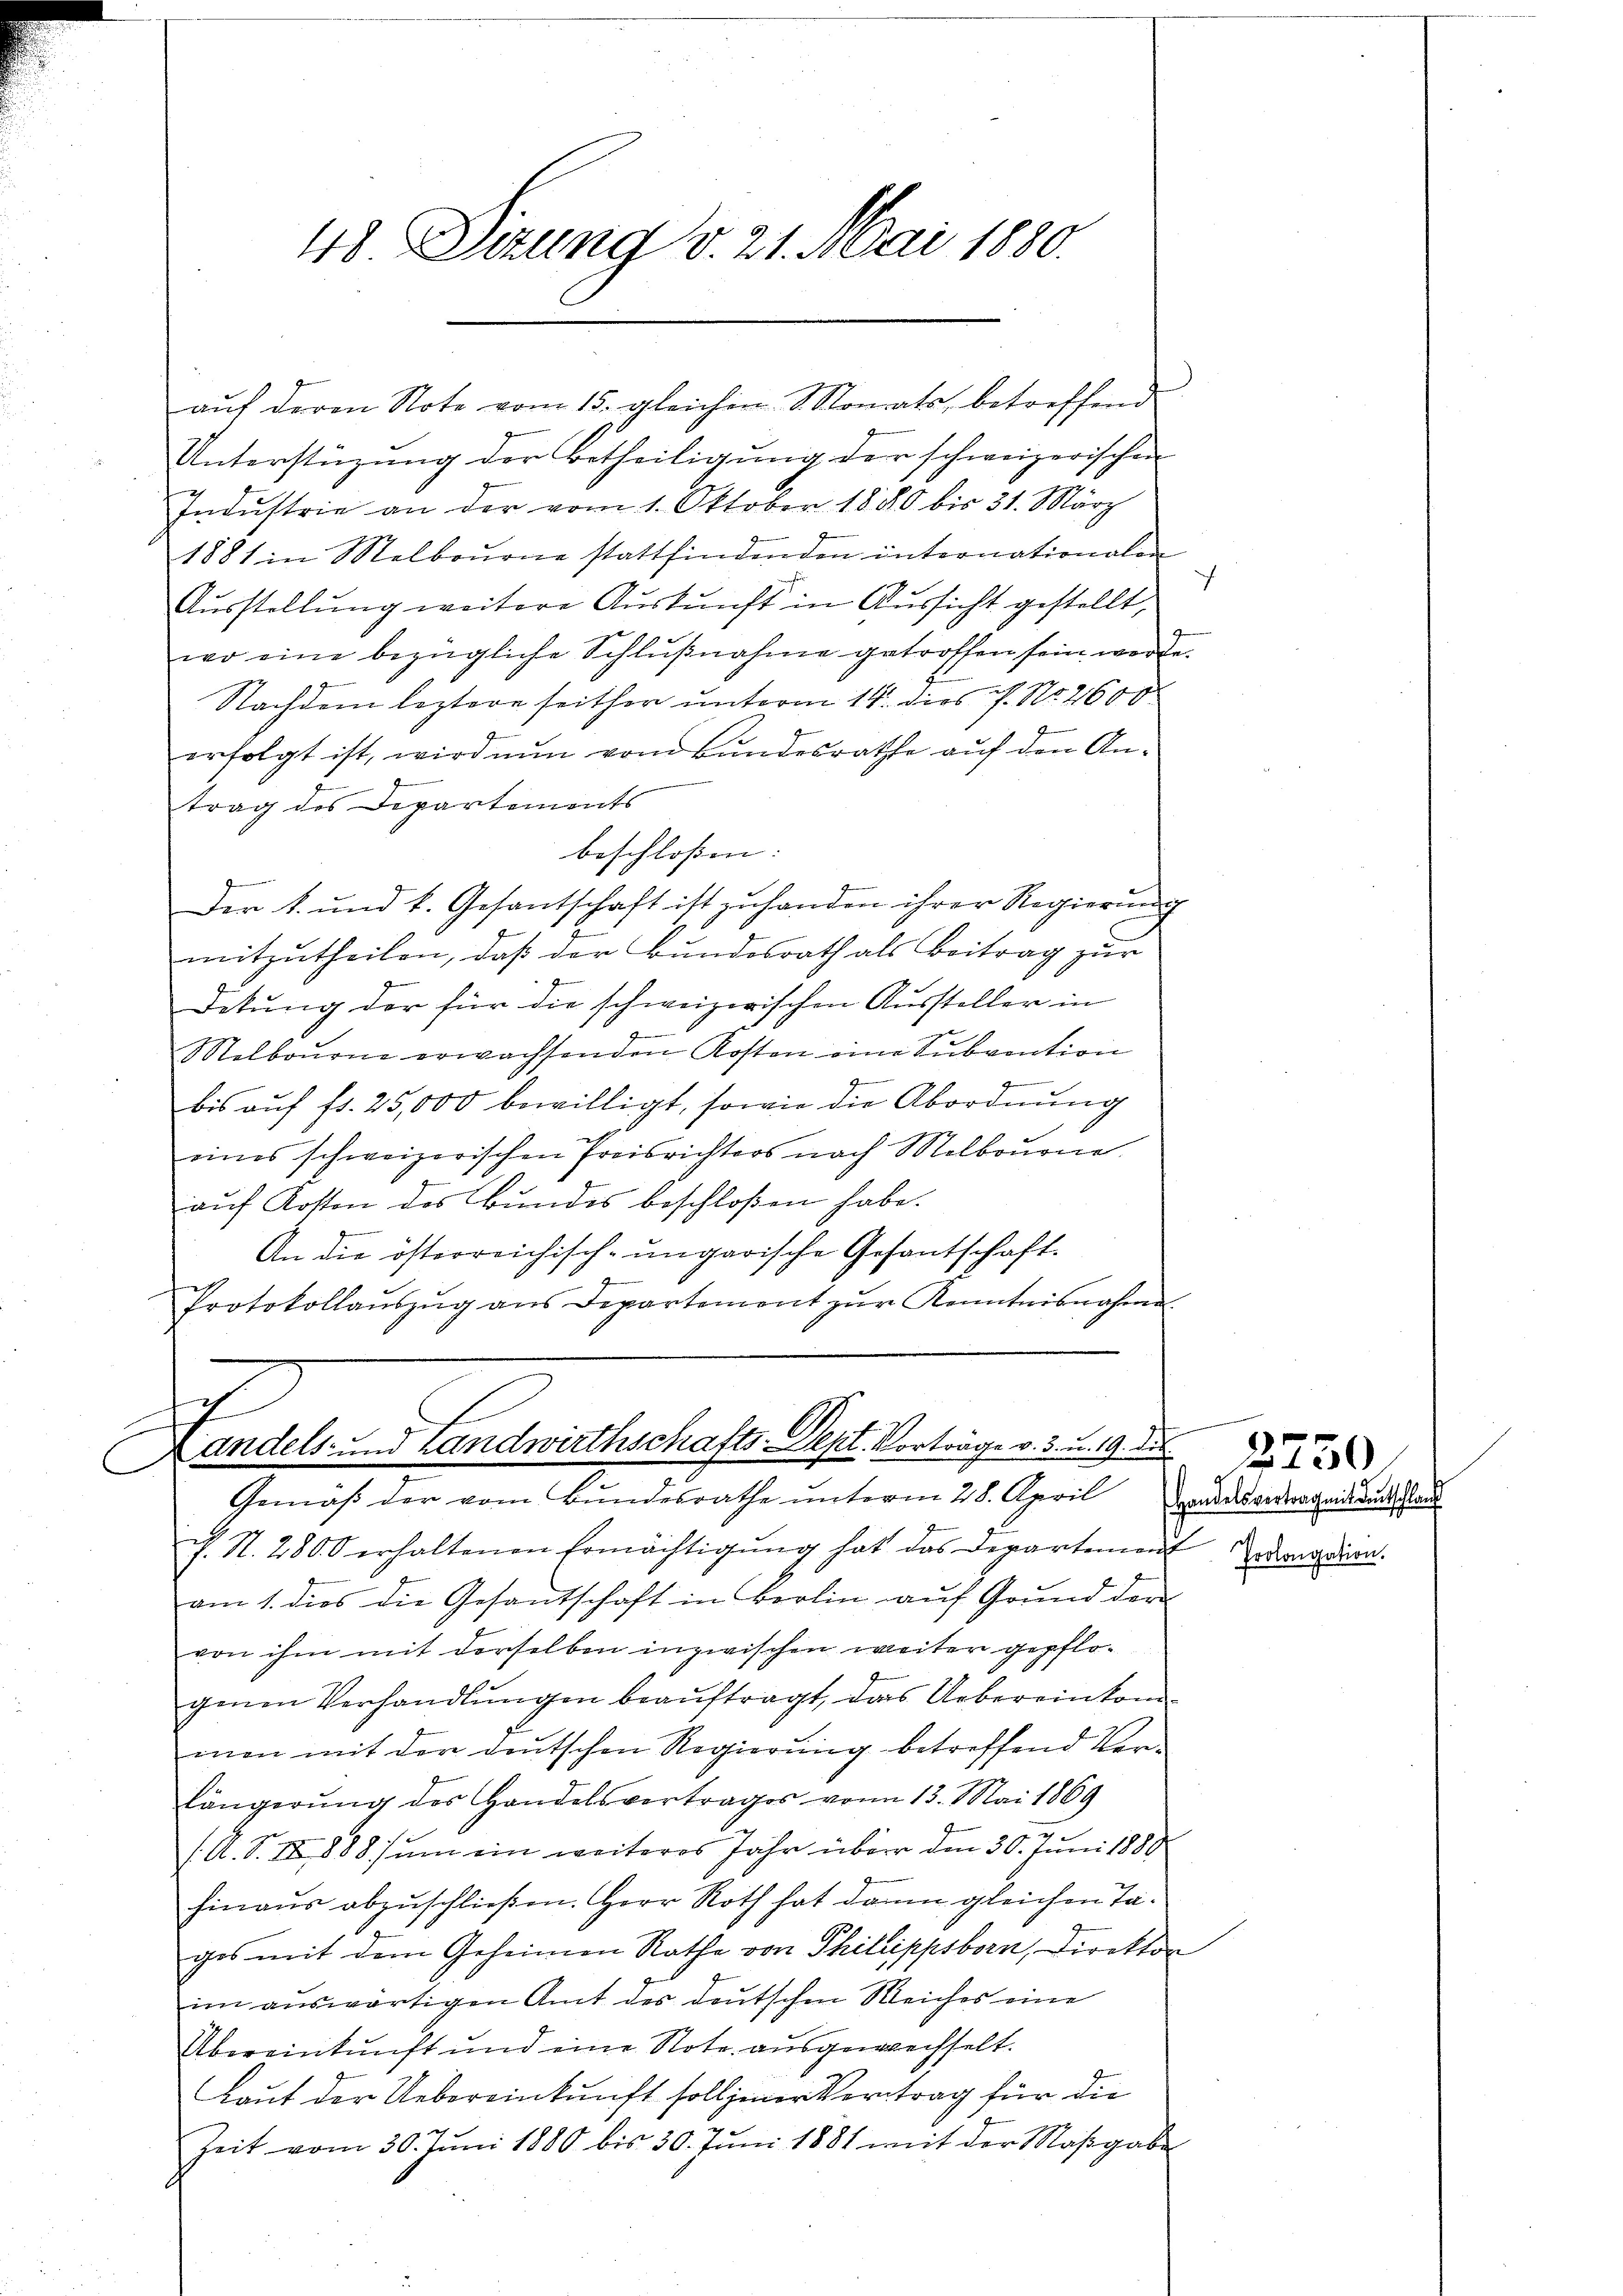
48. Sitzung v. 21. Mai 1880.

aŭf deren Note vom 15. gleichen Monats, betreffend
Unterstüzung der Betheiligung der schweizerischen
Indŭstrie an der vom 1. Oktober 1880 bis 31. März
1881 in Melbourne stattfindenden internationalen
Ausstellung weitere Auskunft in Aussicht gestellt,
wo eine bezügliche Schlŭβnahme getroffen sein werde.
Nachdem leztere seither unterm 14. dies P. Nr. 2600
erfolgt ist, wird nun vom Bundesrathe auf den An¬
2
trag des Departements
beschlossen:
Der k. und k. Gesantschaft ist zŭ handen ihrer Regierŭng
mitzutheilen, daß der Bundesrath als Beitrag zur
Detung der für die schweizerischen Aussteller in
J
Melbourn erwachsenden Kosten eine Subvention
.
bis aŭf fr. 25,000 bewilligt, sowie die Abordnung
eines schweizerischen Preisrichters nach Melbourne
auf Kosten des Bundes beschloßen habe.
An die österreichisch-ungarische Gesantschaft-
Protokollaŭszŭg ans Departement zŭr Kenntnisnahme

2
.
Landels- und Landwirthschafts-Dept. Vorträge v. 3. u. 19. die
Gemäß der vom Bundesrathe unterm 28. April andesvertrages durch stande

h. S. 2800 erhaltenen Ermächtigŭng hat das Departement
am 1. dies die Gesandschaft in Berlin auf Grund der
von ihm mit derselben inzwischen weiter gepflogenen Verhandlŭngen beaŭftragt, das Uebereinkommen mit der deutschen Regierung betreffend Verlängerung des Handelsvertrages vom 13. Mai 1869
/A. S. IX 888 sum ein weiteres Jahr über den 30. Juni 1889
hinaus abzuschließen. Herr Roth hat dann gleichen Ta¬
.
ges mit dem Geheimen Rathe von Thilippsborn, Direktor
im auswärtigen Amt des deutschen Reiches eine
Übereinkunft und eine Note ausgewechselt.
Laut der Uebereinkunft soll jener Vertrag für die
Zeit vom 30. Juni 1880 bis 30. Juni 1881 mit der Maßgabe

e
Prolongation.

2730